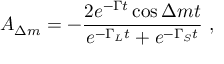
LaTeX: A _ { \Delta m } = - { \frac { 2 e ^ { - \Gamma t } \cos \Delta m t } { e ^ { - \Gamma _ { L } t } + e ^ { - \Gamma _ { S } t } } } \ ,